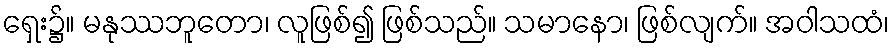
ရှေး၌။ မနုဿဘူတော၊ လူဖြစ်၍ ဖြစ်သည်။ သမာနော၊ ဖြစ်လျက်။ အဝါသထံ၊